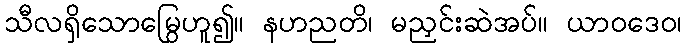
သီလရှိသောမြွေဟူ၍။ နဟညတိ၊ မညှင်းဆဲအပ်။ ယာဝဒေဝ၊